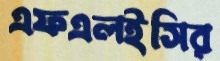
এফএলইসির